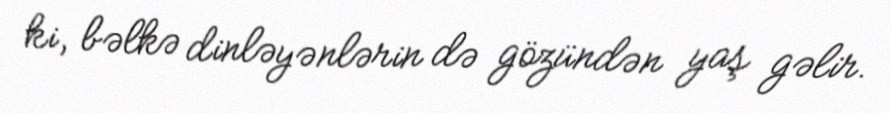
ki, bəlkə dinləyənlərin də gözündən yaş gəlir.